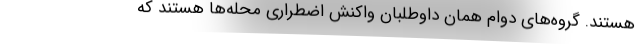
هستند. گروه‌های دوام همان داوطلبان واکنش اضطراری محله‌ها هستند که